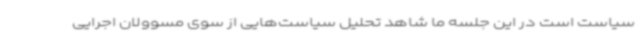
سیاست است در این جلسه ما شاهد تحلیل سیاست‌هایی از سوی مسوولان اجرایی